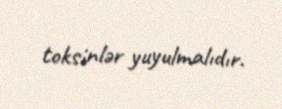
toksinlər yuyulmalıdır.